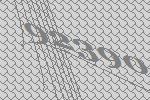
92390